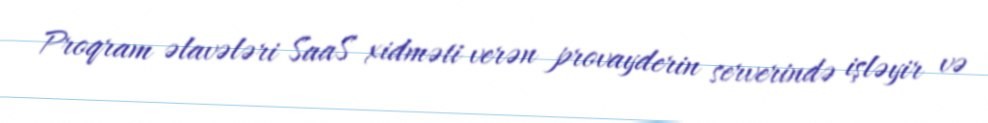
Proqram əlavələri SaaS xidməti verən provayderin serverində işləyir və